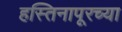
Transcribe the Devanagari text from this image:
हस्तिनापूरच्या